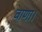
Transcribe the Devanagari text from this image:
बाणा।